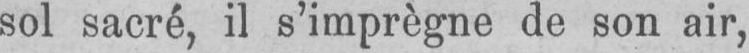
sol sacré, il s’imprègne de son air,